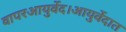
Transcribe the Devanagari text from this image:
वापरआयुर्वेद।आयुर्वेदात